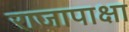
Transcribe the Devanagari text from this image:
राजापाक्षा